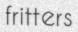
fritters